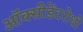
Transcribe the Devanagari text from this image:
ऑक्सीडेंटरोधी